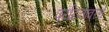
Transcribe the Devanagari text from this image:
पर्यटनावरचे